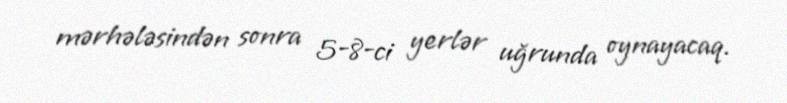
mərhələsindən sonra 5-8-ci yerlər uğrunda oynayacaq.